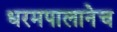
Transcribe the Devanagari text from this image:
धरमपालानेच